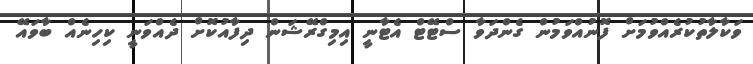
ވަކާލާތުކުރެއްވުމަށް ފޮނުއްވަމުން ގެންދަވާ ސްޓޭޓް އެޓާނީ އިމިގްރޭޝަން ދިފާއުކޮށް ދެއްވަނީ ކިހިނެއް ބާވައޭ